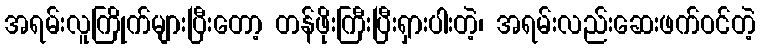
အရမ်းလူကြိုက်များပြီးတော့ တန်ဖိုးကြီးပြီးရှားပါးတဲ့၊ အရမ်းလည်းဆေးဖက်ဝင်တဲ့